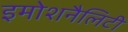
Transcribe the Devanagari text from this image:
इमोशनैलिटी